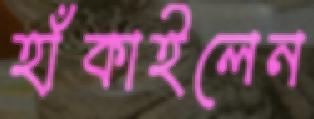
হাঁকাইলেন